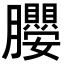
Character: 𭩖